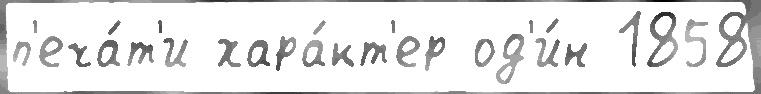
п'еча́т'и хара́кт'ер од'и́н 1858